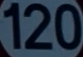
120